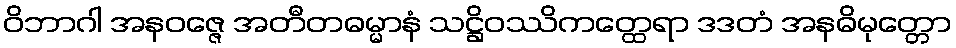
ဝိဘာဂါ အနဝဇ္ဇေ အတီတဓမ္မာနံ သဋ္ဌိဝဿိကတ္ထေရာ ဒဒတံ အနဓိမုတ္တော